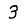
Digit: 3